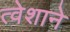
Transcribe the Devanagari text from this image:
त्वेशाने